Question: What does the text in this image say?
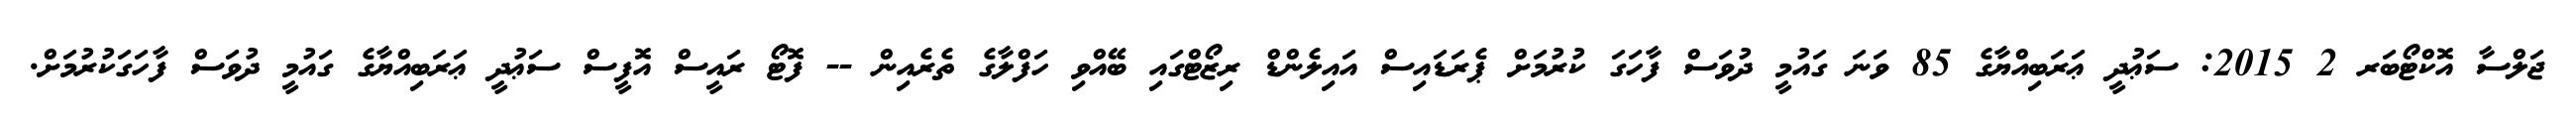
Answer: ޖަލްސާ އޮކްޓޯބަރ 2 2015: ސަޢުދީ ޢަރަބިއްޔާގެ 85 ވަނަ ގައުމީ ދުވަސް ފާހަގަ ކުރުމަށް ޕެރަޑައިސް އައިލެންޑް ރިޒޯޓްގައި ބޭއްވި ހަފްލާގެ ތެރެއިން -- ފޮޓޯ ރައީސް އޮފީސް ސަޢުދީ ޢަރަބިއްޔާގެ ގައުމީ ދުވަސް ފާހަގަކުރުމަށް.